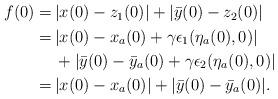
LaTeX: \begin{align*}\begin{aligned}f(0) =&\, |x(0)-z_1(0)|+ |\bar{y}(0)-z_2(0)|\\=& \, |x(0)-x_a(0)+\gamma \epsilon_1(\eta_a(0),0)|\\&\,+ |\bar{y}(0)-\bar{y}_a(0)+\gamma \epsilon_2(\eta_a(0),0)|\\=& \, |x(0)-x_a(0)|+ |\bar{y}(0)-\bar{y}_a(0)|.\end{aligned}\end{align*}